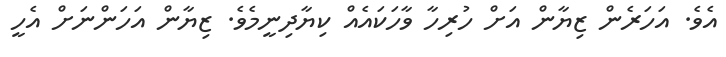
އެވެ. އަހަރެން ޒިޔާން އަށް ހުރިހާ ވާހަކައެއް ކިޔާދިނީމެވެ. ޒިޔާން އަހަންނަށް އެހީ